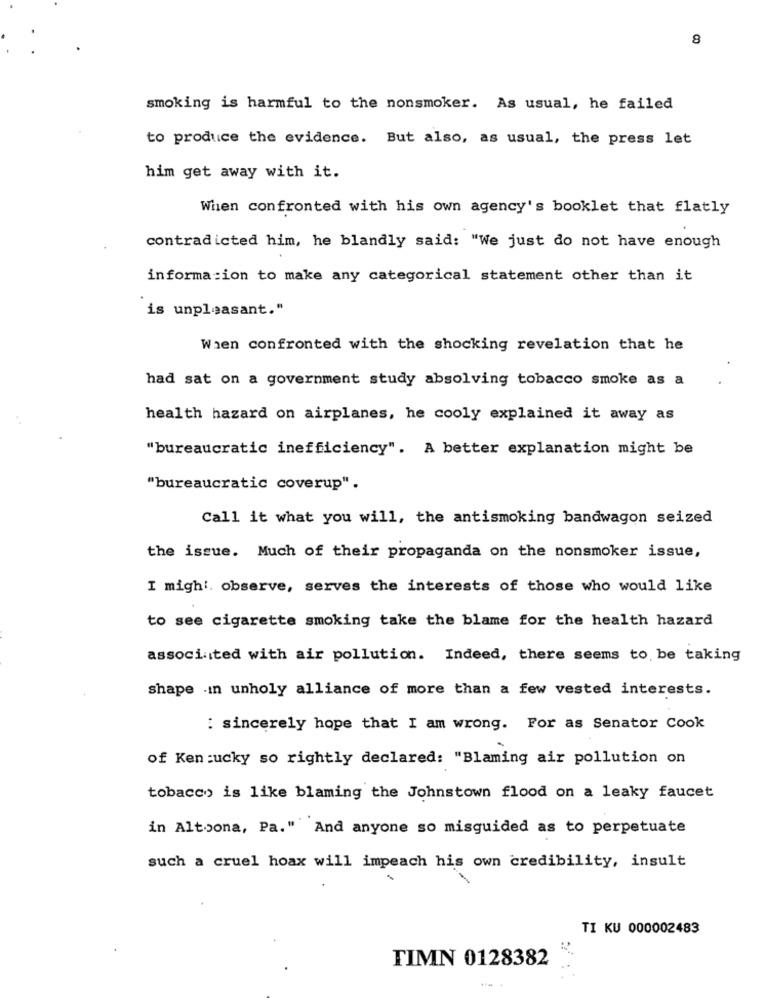
8
smoking is harmful to the nonsmoker. As usual, he failed
to produce the evidence. But also, as usual, the press let
him get away with it.
When confronted with his own agency's booklet that flatly
contradicted him, he blandly said: "We just do not have enough
information to make any categorical statement other than it
is unpleasant."
When confronted with the shocking revelation that he
had sat on a government study absolving tobacco smoke as a
health hazard on airplanes, he cooly explained it away as
"bureaucratic inefficiency". A better explanation might be
"bureaucratic coverup".
Call it what you will, the antismoking bandwagon seized
the issue. Much of their propaganda on the nonsmoker issue,
I mighi. observe, serves the interests of those who would like
to see cigarette smoking take the blame for the health hazard
associated with air pollution. Indeed, there seems to be taking
shape In unholy alliance of more than a few vested interests.
: sincerely hope that I am wrong. For as Senator Cook
of Ken :ucky so rightly declared: "Blaming air pollution on
tobacco is like blaming the Johnstown flood on a leaky faucet
in Altoona, Pa." And anyone so misguided as to perpetuate
such a cruel hoax will impeach his own credibility, insult
TI KU 000002483
TIMN 0128382